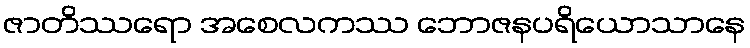
ဇာတိဿရော အစေလကဿ ဘောဇနပရိယောသာနေ